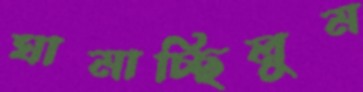
ঘামাচ্ছিলুম